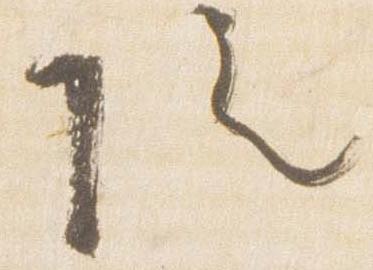
院